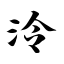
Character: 泠